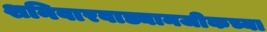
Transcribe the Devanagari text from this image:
शनिवारवाड्यानजीकच्या